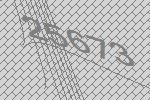
25673